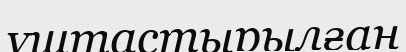
ұштастырылған